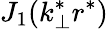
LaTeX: J_{1}(k_{\perp}^{*}r^{*})